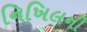
નિખિલની